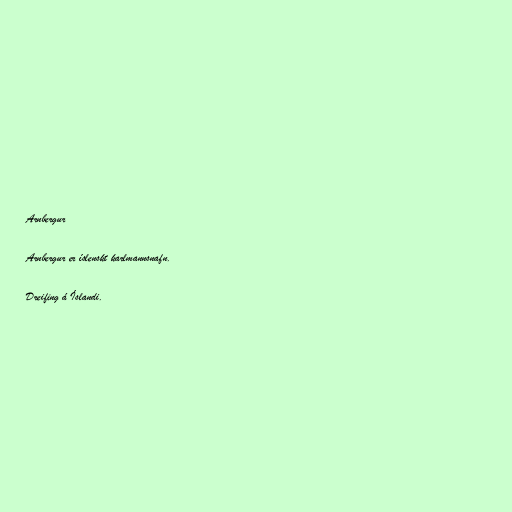
Arnbergur

Arnbergur er íslenskt karlmannsnafn.

Dreifing á Íslandi.